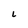
Character: i